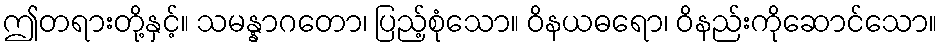
ဤတရားတို့နှင့်။ သမန္နာဂတော၊ ပြည့်စုံသော။ ဝိနယဓရော၊ ဝိနည်းကိုဆောင်သော။